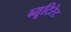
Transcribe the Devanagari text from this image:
ब्यूटिरेट